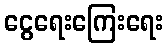
ငွေရေးကြေးရေး